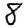
Digit: 8